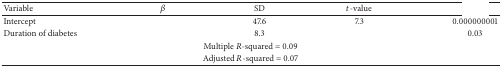
<table><thead><tr><td><b>Variable</b></td><td><b><i>β</i></b></td><td><b>SD</b></td><td><b><i>t</i>-value</b></td><td>[EMPTY_CELL]</td></tr></thead><tbody><tr><td>Intercept</td><td>[EMPTY_CELL]</td><td>47.6</td><td>7.3</td><td>0.000000001</td></tr><tr><td>Duration of diabetes</td><td>[EMPTY_CELL]</td><td>8.3</td><td>[EMPTY_CELL]</td><td>0.03</td></tr><tr><td colspan="5">Multiple <i>R</i>-squared = 0.09</td></tr><tr><td colspan="5">Adjusted <i>R</i>-squared = 0.07</td></tr></tbody></table>